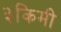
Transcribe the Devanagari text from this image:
३किमी